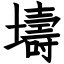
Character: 壔